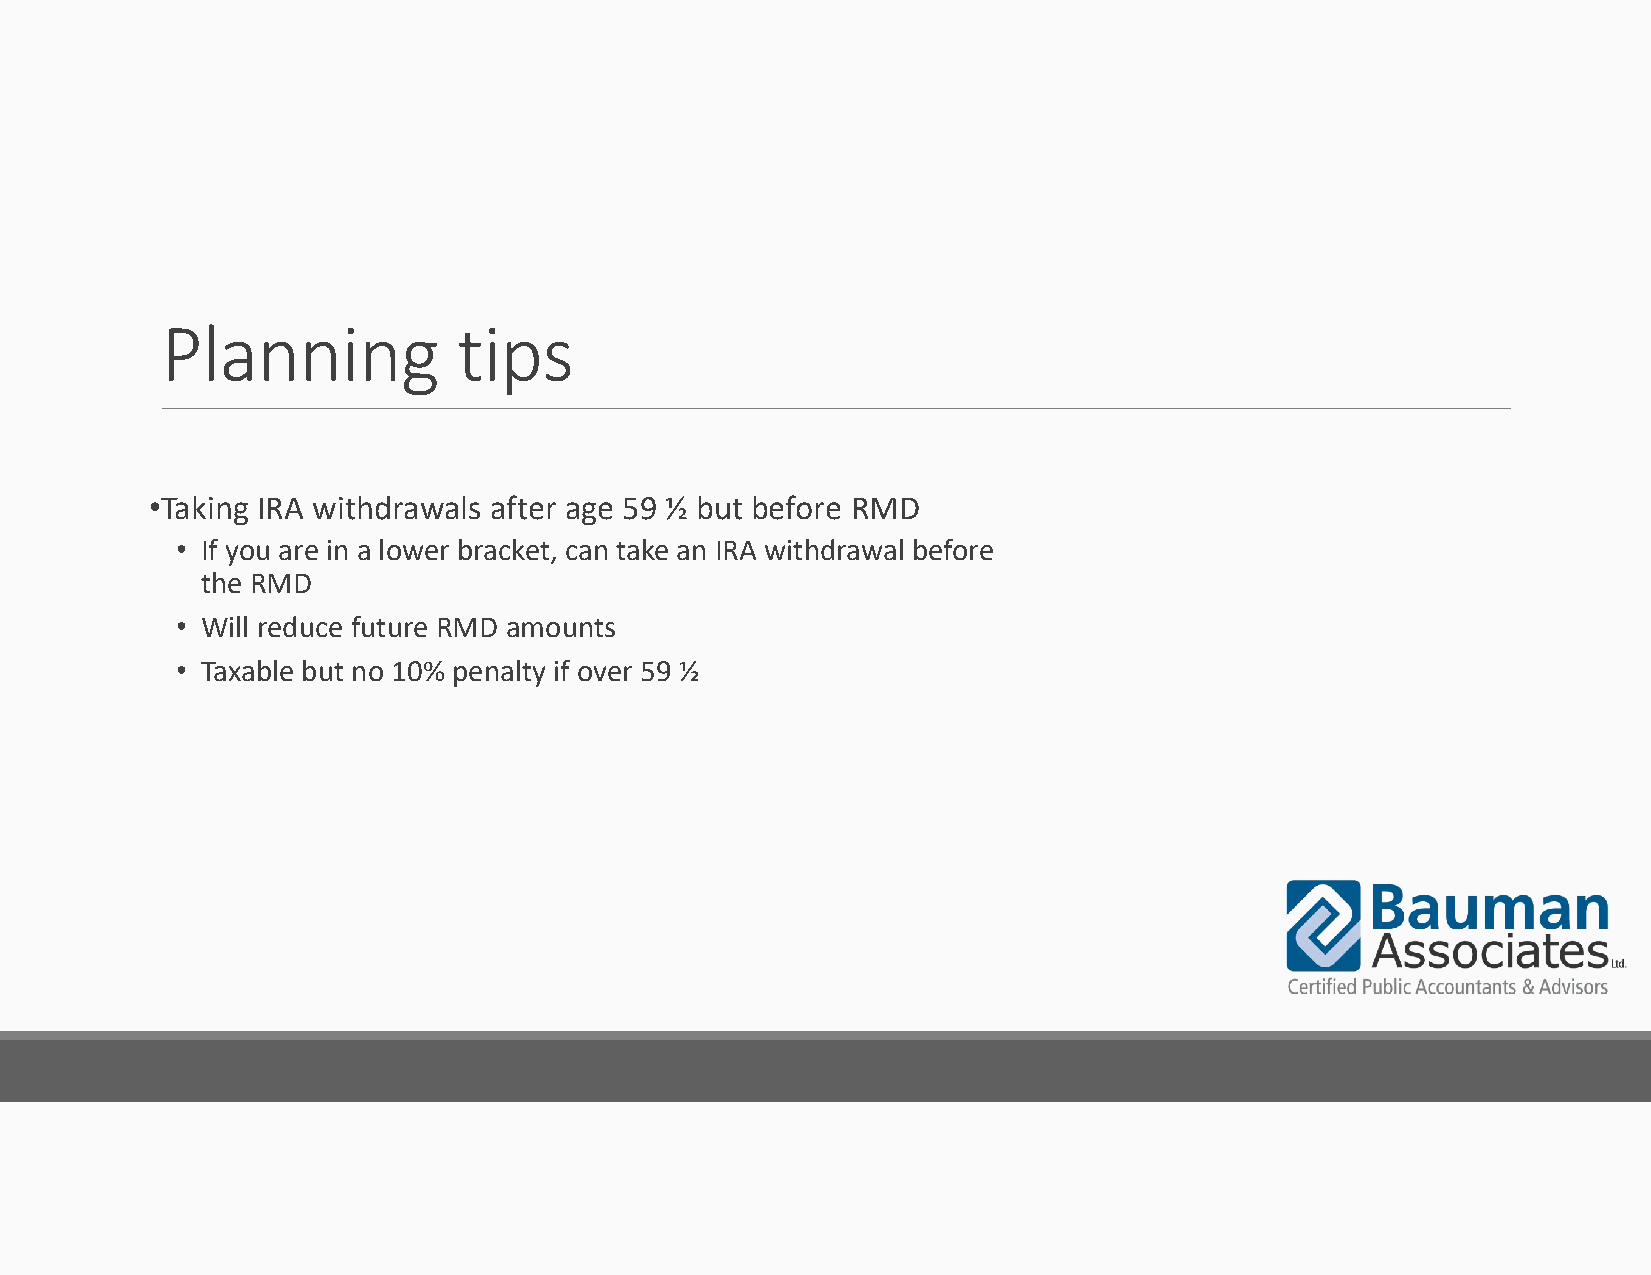
Planning           tips
 •Taking IRA withdrawals after age 59 ½ but before RMD
 • If you are in a lower bracket, can take an IRA withdrawal before
 the RMD
 • Will reduce future RMD amounts
 • Taxable but no 10% penalty if over 59 ½